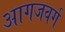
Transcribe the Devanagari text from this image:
आगजवर्ग